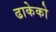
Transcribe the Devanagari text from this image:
ढाकेको